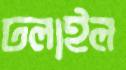
ঢলাইল